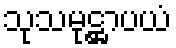
သုသမုဋ္ဌာပယံ